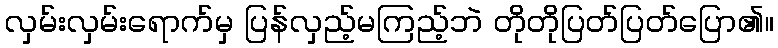
လှမ်းလှမ်းရောက်မှ ပြန်လှည့်မကြည့်ဘဲ တိုတိုပြတ်ပြတ်ပြော၏။